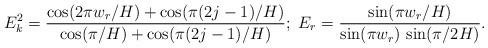
LaTeX: \begin{align*}E_{k}^{2}=\frac{\cos (2\pi w_{r}/H)+\cos (\pi (2j-1)/H)}{\cos (\pi /H)+\cos(\pi (2j-1)/H)};~E_{r}=\frac{\sin (\pi w_{r}/H)}{\sin (\pi w_{r})\,\sin (\pi/2H)}. \end{align*}